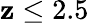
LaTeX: \mathbf{z}\leq2.5